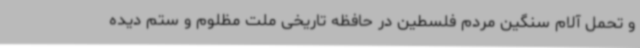
و تحمل آلام سنگین مردم فلسطین در حافظه تاریخی ملت مظلوم و ستم دیده